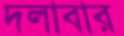
দলাবার